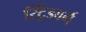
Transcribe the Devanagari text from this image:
स्ट्रिंडबर्ग